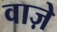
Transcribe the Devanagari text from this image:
वाज़े